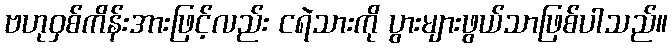
ဗဟုဝှစ်ကိန်းအားဖြင့်လည်း ငရဲသားကို ပွားများဖွယ်သာဖြစ်ပါသည်။